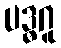
ပဒ္ဓဂူ